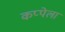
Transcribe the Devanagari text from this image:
कप्पेला